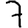
Digit: 7